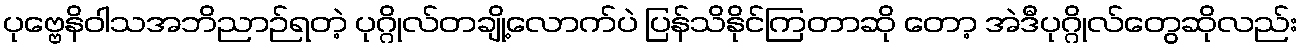
ပုဗ္ဗေနိဝါသအဘိညာဉ်ရတဲ့ ပုဂ္ဂိုလ်တချို့လောက်ပဲ ပြန်သိနိုင်ကြတာဆို တော့ အဲဒီပုဂ္ဂိုလ်တွေဆိုလည်း